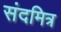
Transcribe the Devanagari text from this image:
संदमित्र